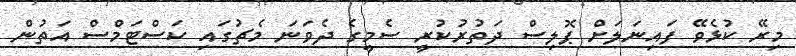
މިރޭ ކުޅެވޭ ފައިނަލަށް ޕޮލިސް ދަތުރުކުރީ ސެމީގެ ދެވަނަ މެޗުގައި ކަސްޓަމްސް އަތުން